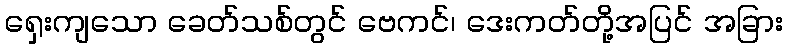
ရှေးကျသော ခေတ်သစ်တွင် ဗေကင်၊ ဒေးကတ်တို့အပြင် အခြား